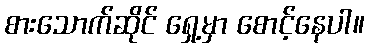
စားသောက်ဆိုင် ရှေ့မှာ စောင့်နေပါ။